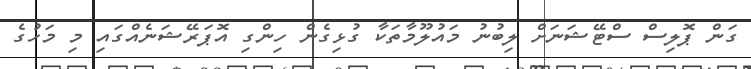
ގަން ޕޮލިސް ސްޓޭޝަނަށް ލިބުނު މައުލޫމާތަކާ ގުޅިގެން ހިންގި އޮޕަރޭޝަނެއްގައި މި މަހުގެ